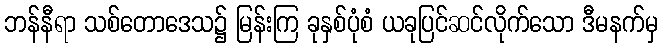
ဘန်နီရာ သစ်တောဒေသ၌ မြန်းကြ ခုနှစ်ပုံစံ ယခုပြင်ဆင်လိုက်သော ဒီမနက်မှ